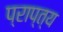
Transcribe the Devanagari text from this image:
प्राप्त्य